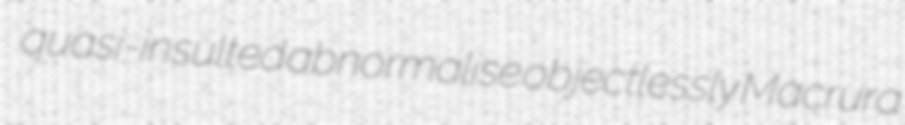
quasi-insulted abnormalise objectlessly Macrura